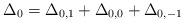
\begin{align*}\Delta_0 = \Delta_{0,1} + \Delta_{0,0} + \Delta_{0,-1}\end{align*}